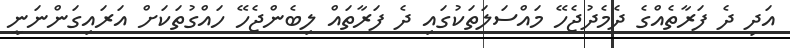
އަދި ދެ ފަރާތެއްގެ ދެމެދުޖެހޭ މައްސަލަތަކުގައި ދެ ފަރާތައް ލިބެންޖެހޭ ހައްގުތަކަށް އަރައިގަންނަނީ